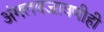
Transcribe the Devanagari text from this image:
अंमलबजावणीही